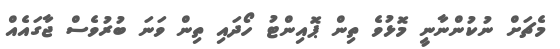
މެޗަށް ނުކުންނާނީ މޮޅުވެ ތިން ޕޮއިންޓު ހޯދައި ތިން ވަނަ ބުރުވެސް ޖާގައެއް